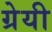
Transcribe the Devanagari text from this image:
ग्रेयी